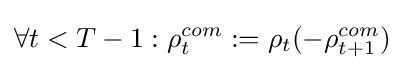
\forall t<T-1:\rho _{t}^{com}:=\rho _{t}(-\rho _{t+1}^{com})